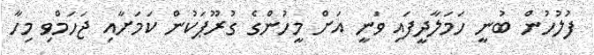
ފުލުހުން ބުނީ ހަމަލާދީފައި ވަނީ އަށް މީހުންގެ ގުރޫޕަކުން ކަމަށާއި ޖަހަމްވި މިހާ